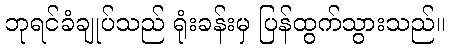
ဘုရင်ခံချုပ်သည် ရုံးခန်းမှ ပြန်ထွက်သွားသည်။